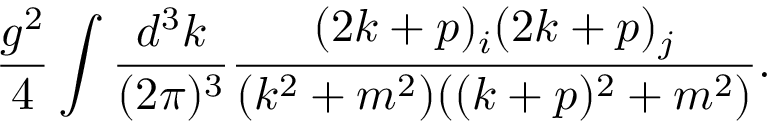
\frac { g ^ { 2 } } { 4 } \int \frac { d ^ { 3 } k } { ( 2 \pi ) ^ { 3 } } \frac { ( 2 k + p ) _ { i } ( 2 k + p ) _ { j } } { ( k ^ { 2 } + m ^ { 2 } ) ( ( k + p ) ^ { 2 } + m ^ { 2 } ) } .